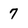
Character: 7